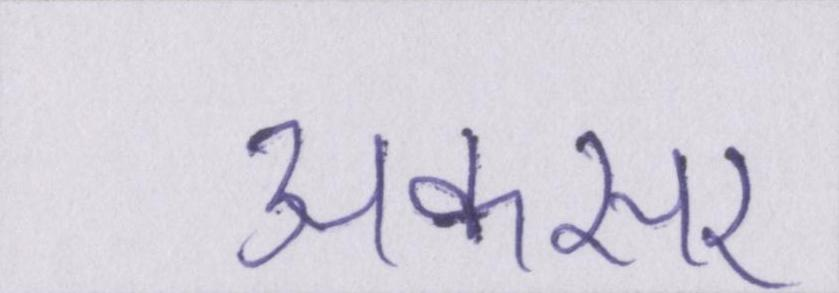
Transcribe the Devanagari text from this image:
अकसर